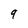
Character: 9